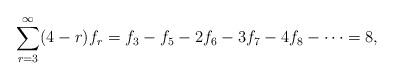
LaTeX: \begin{align*} \sum_{r=3}^\infty (4-r)f_r=f_3-f_5-2f_6-3f_7-4f_8-\dots =8, \end{align*}